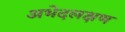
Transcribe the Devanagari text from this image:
अभेदलक्षण